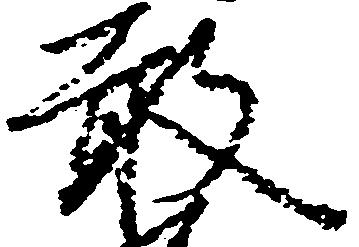
敢